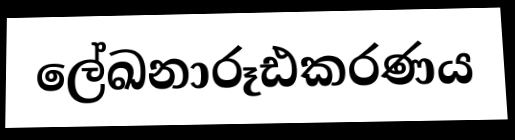
ලේඛනාරූඪකරණය